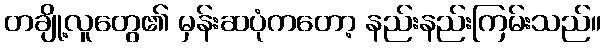
တချို့လူတွေ၏ မှန်းဆပုံကတော့ နည်းနည်းကြမ်းသည်။